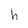
Character: h